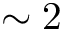
\sim 2